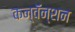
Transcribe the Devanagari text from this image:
कन्वॅन्शन